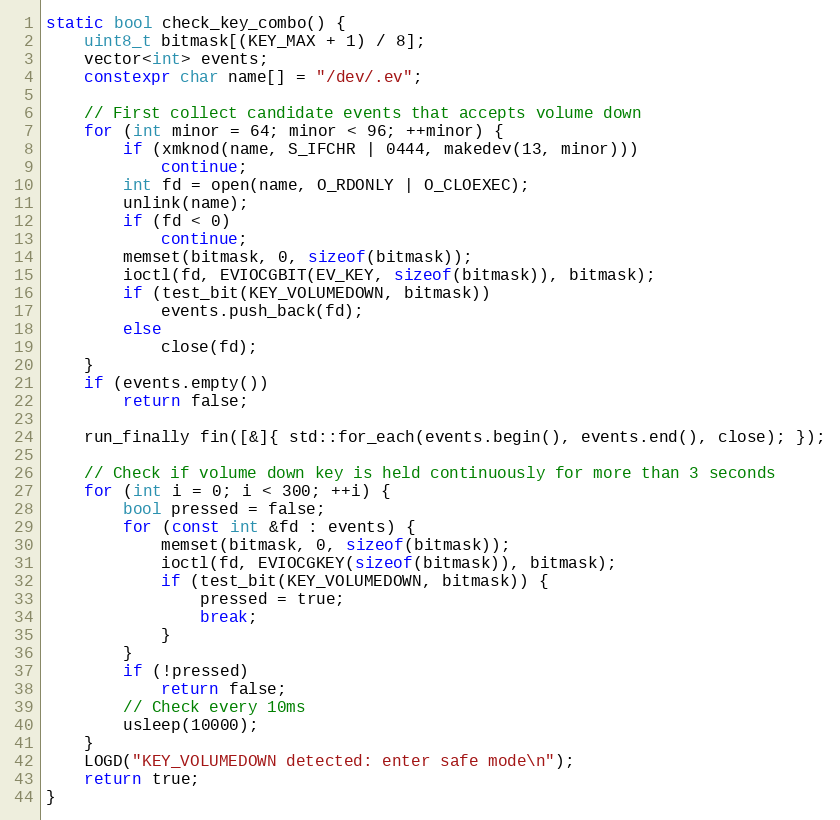
Language: C++
static bool check_key_combo() {
    uint8_t bitmask[(KEY_MAX + 1) / 8];
    vector<int> events;
    constexpr char name[] = "/dev/.ev";

    // First collect candidate events that accepts volume down
    for (int minor = 64; minor < 96; ++minor) {
        if (xmknod(name, S_IFCHR | 0444, makedev(13, minor)))
            continue;
        int fd = open(name, O_RDONLY | O_CLOEXEC);
        unlink(name);
        if (fd < 0)
            continue;
        memset(bitmask, 0, sizeof(bitmask));
        ioctl(fd, EVIOCGBIT(EV_KEY, sizeof(bitmask)), bitmask);
        if (test_bit(KEY_VOLUMEDOWN, bitmask))
            events.push_back(fd);
        else
            close(fd);
    }
    if (events.empty())
        return false;

    run_finally fin([&]{ std::for_each(events.begin(), events.end(), close); });

    // Check if volume down key is held continuously for more than 3 seconds
    for (int i = 0; i < 300; ++i) {
        bool pressed = false;
        for (const int &fd : events) {
            memset(bitmask, 0, sizeof(bitmask));
            ioctl(fd, EVIOCGKEY(sizeof(bitmask)), bitmask);
            if (test_bit(KEY_VOLUMEDOWN, bitmask)) {
                pressed = true;
                break;
            }
        }
        if (!pressed)
            return false;
        // Check every 10ms
        usleep(10000);
    }
    LOGD("KEY_VOLUMEDOWN detected: enter safe mode\n");
    return true;
}